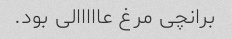
برانچی مرغ عااااالی بود.